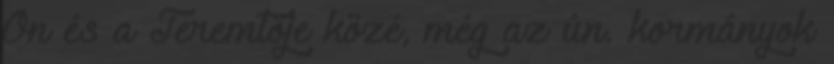
Ön és a Teremtője közé, még az ún. kormányok